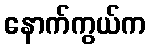
နောက်ကွယ်က